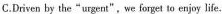
C.Driven by the"urgent",we forget to enjoy life.